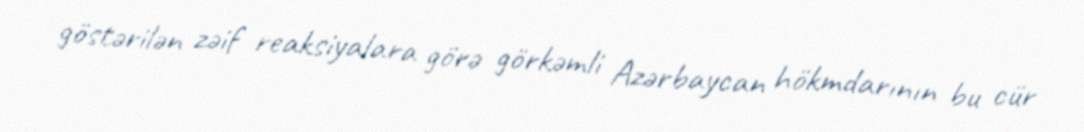
göstərilən zəif reaksiyalara görə görkəmli Azərbaycan hökmdarının bu cür